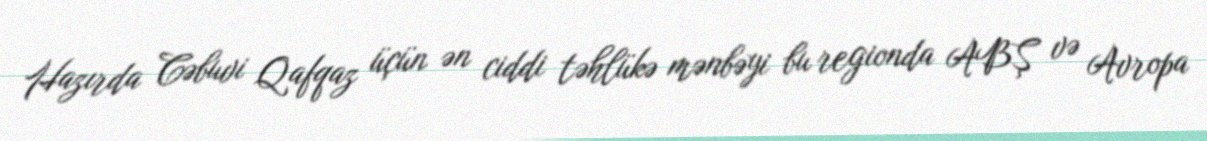
Hazırda Cəbuvi Qafqaz üçün ən ciddi təhlükə mənbəyi bu regionda ABŞ və Avropa